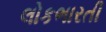
લોકભારતી